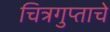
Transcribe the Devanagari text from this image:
चित्रगुप्ताचे